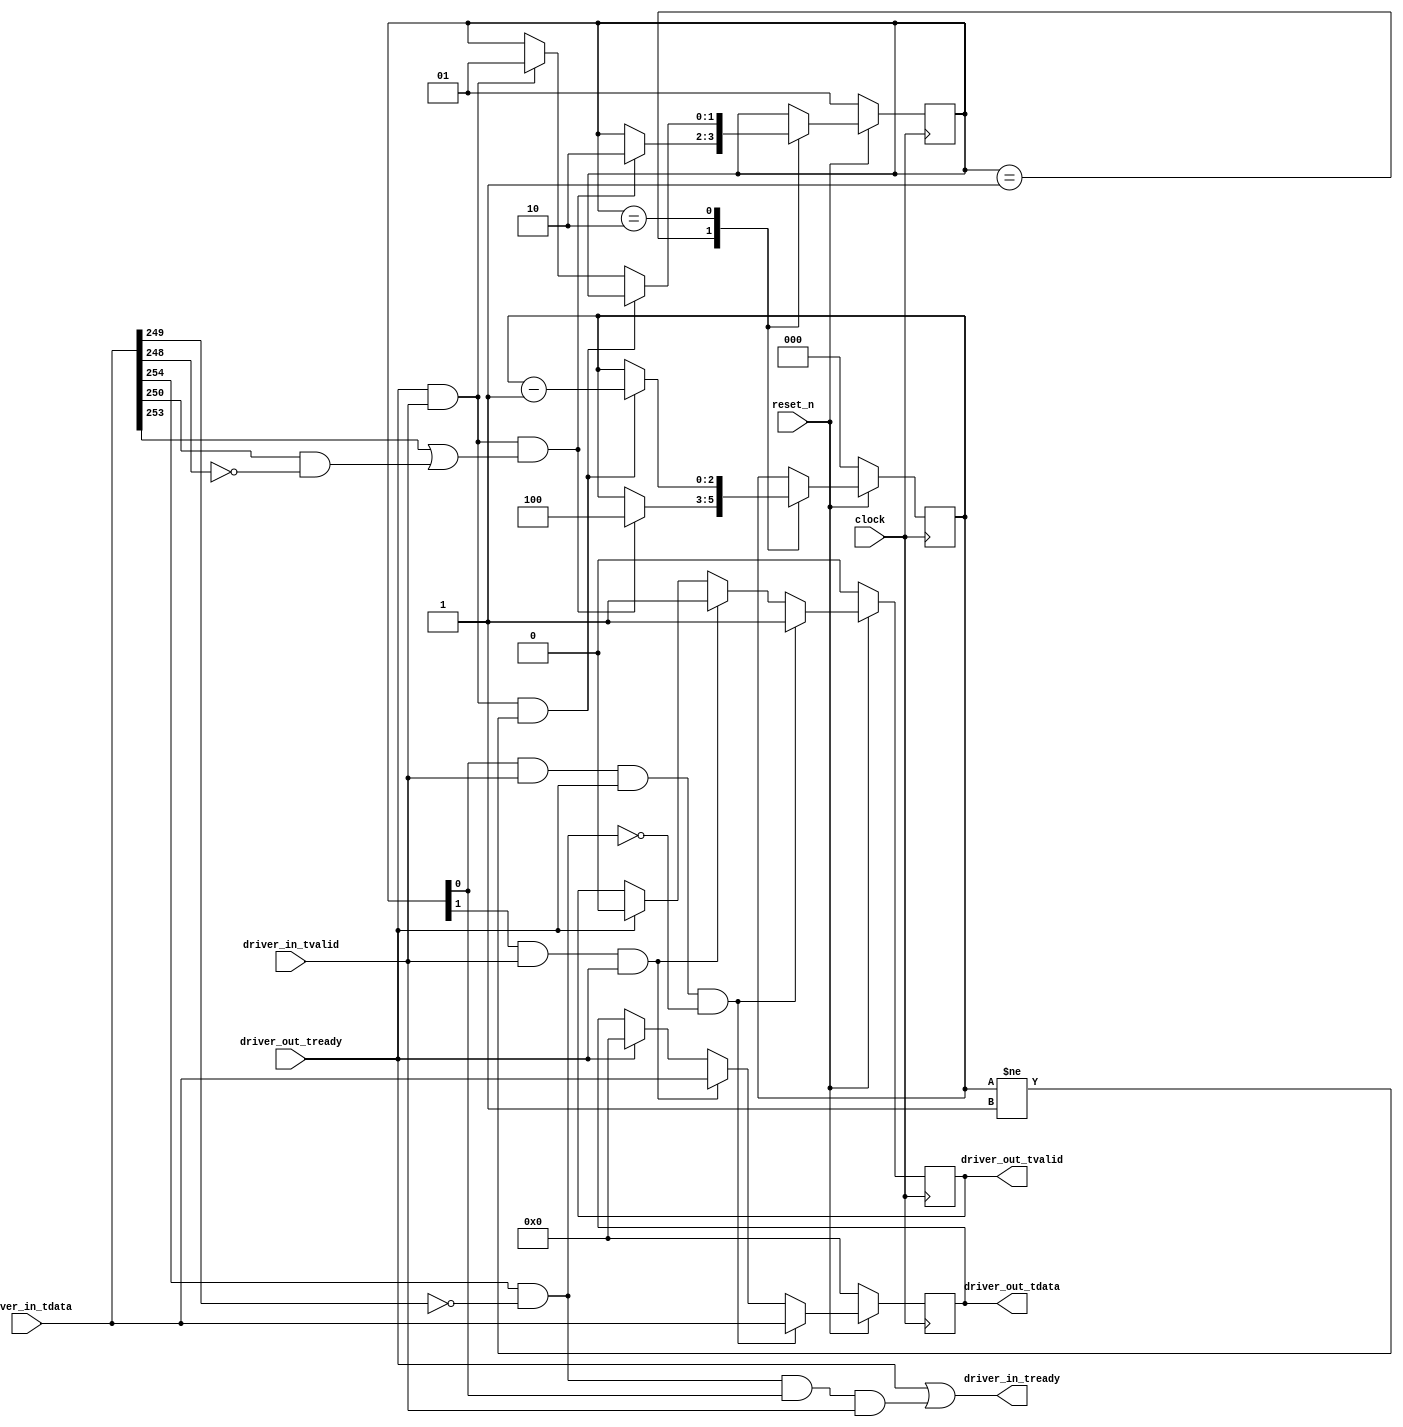
module thymesisflow_llc_ingress_driver (

    input              clock                   // Clock - samples & launches data on rising edge
  , input              reset_n                //  Active Low

  // 32B incoming data Interface
  , input   [255:0]     driver_in_tdata
  , input               driver_in_tvalid
  , output              driver_in_tready

  // 32B AXI-STREAM 
  , output  [255:0]     driver_out_tdata     
  , output              driver_out_tvalid         
  , input               driver_out_tready
);


reg [255:0]  outdata_q;
reg          outdata_vld;
 
assign  driver_out_tdata  = outdata_q; 
assign  driver_out_tvalid = outdata_vld; 



//Encoding of the various flit cases based on OpenCAPI TL/TLx protocol
reg  [1:0] ocapi_sm;

parameter CMDFLIT     = 2'b01;
parameter DATAFLIT    = 2'b10;

wire   is_cmd;
assign is_cmd = ocapi_sm[0];

wire   is_data;
assign is_data = ocapi_sm[1];


wire [1:0] cmd_dl;
assign cmd_dl  = driver_in_tdata[167:166]; //according to the mapping

wire [1:0] resp_dl;
assign resp_dl = driver_in_tdata[227:226];

//Check command types
wire   is_writecmd;
assign is_writecmd = driver_in_tdata[253];

wire   is_readcmd;
assign is_readcmd = driver_in_tdata[252];

wire   is_nopcmd;
assign is_nopcmd  =  ((driver_in_tdata[254] == 1'b1) && (driver_in_tdata[249] == 1'b0));

wire   is_respRok;
assign is_respRok  = ((driver_in_tdata[250] == 1'b1) && (driver_in_tdata[248] == 1'b0));

wire   is_respWok;
assign is_respWok  = ((driver_in_tdata[251] == 1'b1) && (driver_in_tdata[248] == 1'b0));

//we eat up nop cmds here so the other side does not have to be ready to process those. -- this is interfaced to aurora parser so it needs to be always ready
assign driver_in_tready = (driver_out_tready == 1'b1) || ((is_nopcmd == 1'b1) && (is_cmd == 1'b1) && (driver_in_tvalid == 1'b1)); 

reg [2:0] dflit_size;


always @(posedge(clock))
begin
   if (reset_n == 1'b0)
    begin
      dflit_size     <= 3'b0;
      ocapi_sm       <= CMDFLIT;
    end
   else
    case (ocapi_sm) 
       CMDFLIT:                                   
	    begin
              if ((driver_out_tready == 1'b1) && (driver_in_tvalid == 1'b1) &&
                                                ((is_writecmd == 1'b1) || (is_respRok == 1'b1))) //Commands with dataflits
                 begin
                    ocapi_sm    <= DATAFLIT;
                    dflit_size  <= 3'b100;
                 end
            end
       DATAFLIT:                                   
	    begin
              if ((driver_out_tready == 1'b1) && (driver_in_tvalid == 1'b1) && (dflit_size != 3'b001)) //Commands with dataflits
                     dflit_size <= dflit_size - 3'b001;
                 else if ((driver_out_tready == 1'b1) && (driver_in_tvalid == 1'b1))
                     ocapi_sm  <= CMDFLIT; 
            end
    endcase
end    


//Data and command 
always @(posedge(clock))
begin  //this is the first network Rx moduls so make sure only allowed commands get through.
  if (reset_n == 1'b0) 
    begin
       outdata_q   <= 256'b0;
       outdata_vld <= 1'b0;
    end
  else if ((is_cmd == 1'b1) && (driver_in_tvalid == 1'b1) && (driver_out_tready == 1'b1) && (is_nopcmd == 1'b0)) //Cmd flit out
     begin
        outdata_q                 <= driver_in_tdata;
        outdata_vld               <= 1'b1;
     end 
  else if ((is_data == 1'b1) && (driver_in_tvalid == 1'b1) && (driver_out_tready == 1'b1)) //Data flit out
     begin
        outdata_q                 <= driver_in_tdata;
        outdata_vld               <= 1'b1;
     end
  else if (driver_out_tready == 1'b1)
     begin
        outdata_q                 <= 256'b0;
        outdata_vld               <=   1'b0;
     end
end

                            
endmodule